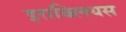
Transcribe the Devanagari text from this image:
इराक्लियस